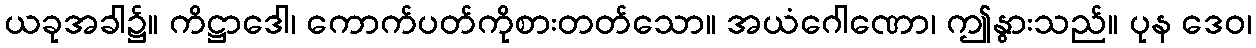
ယခုအခါ၌။ ကိဋ္ဌာဒေါ၊ ကောက်ပတ်ကိုစားတတ်သော။ အယံဂေါဏော၊ ဤနွားသည်။ ပုန ဒေဝ၊